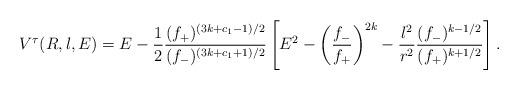
LaTeX: \begin{align*}V^{\tau}(R,l,E) = E - \frac{1}{2} \frac{(f_+)^{(3k+c_1-1)/2}}{(f_-)^{(3k+c_1+1)/2}} \left[ E^2 - \left(\frac{f_-}{f_+} \right)^{2k} - \frac{l^2}{r^2 } \frac{(f_-)^{k-1/2}}{(f_+)^{k+1/2}} \right]. \end{align*}